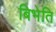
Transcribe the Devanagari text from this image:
बिभेति